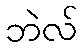
ဘဲလ်